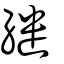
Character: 繾